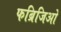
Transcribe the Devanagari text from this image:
फब्रिजिओ